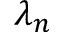
\lambda _ { n }